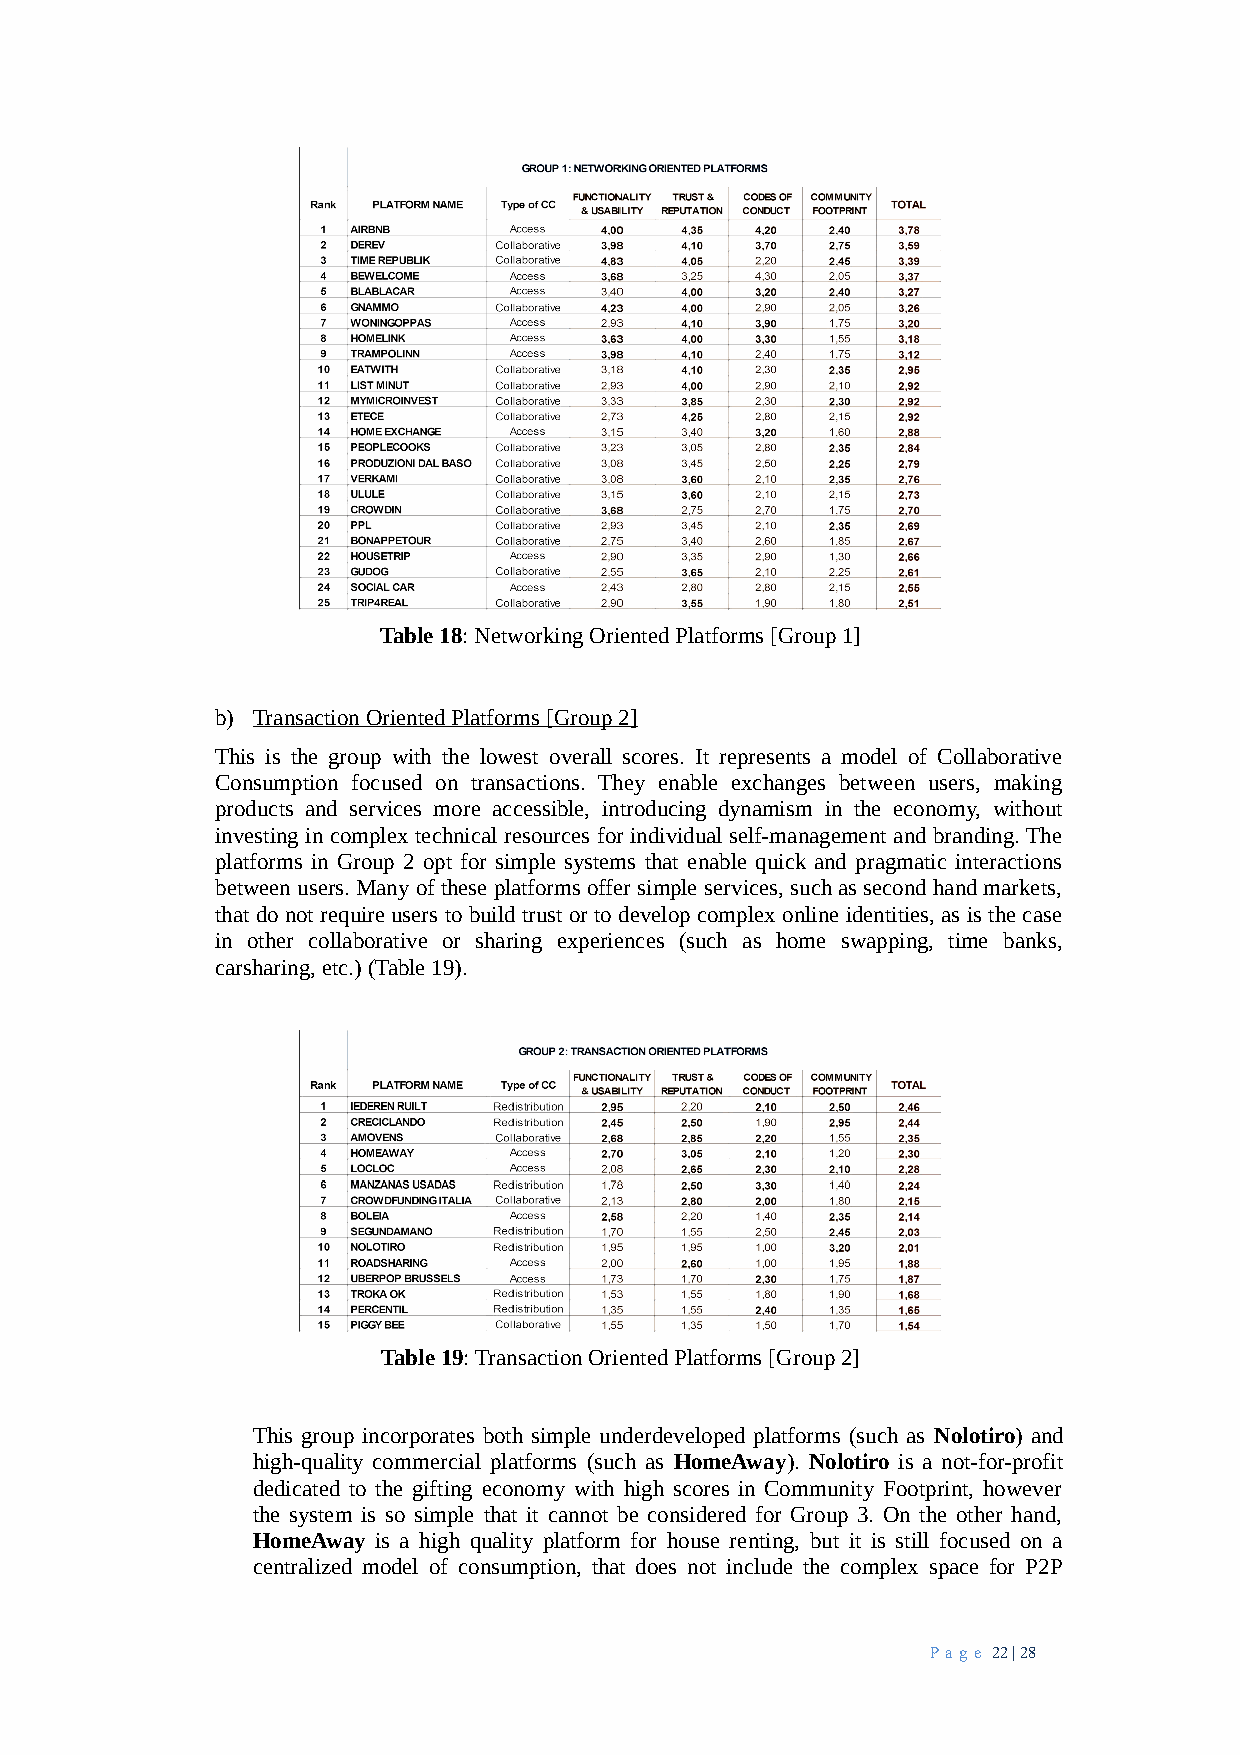
Table 18: Networking Oriented Platforms [Group 1]
 b) Transaction Oriented Platforms [Group 2]
 This is the group with the lowest overall scores. It represents a model of Collaborative
 Consumption focused on transactions. They enable exchanges between users, making
 products and services more accessible, introducing dynamism in the economy, without
 investing in complex technical resources for individual self-management and branding. The
 platforms in Group 2 opt for simple systems that enable quick and pragmatic interactions
 between users. Many of these platforms offer simple services, such as second hand markets,
 that do not require users to build trust or to develop complex online identities, as is the case
 in other collaborative or sharing experiences (such as home swapping, time banks,
 carsharing, etc.) (Table 19).
 Table 19: Transaction Oriented Platforms [Group 2]
 This group incorporates both simple underdeveloped platforms (such as Nolotiro) and
 high-quality commercial platforms (such as HomeAway). Nolotiro is a not-for-profit
 dedicated to the gifting economy with high scores in Community Footprint, however
 the system is so simple that it cannot be considered for Group 3. On the other hand,
 HomeAway is a high quality platform for house renting, but it is still focused on a
 centralized model of consumption, that does not include the complex space for P2P
 Pa ge 22 | 28